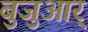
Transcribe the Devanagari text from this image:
बुजुआर्